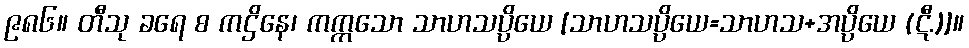
၉၈၆။ တီသု ခရေ စ ကဌိနေ၊ ကက္ကသော သာဟသပ္ပိယေ [သာဟသပ္ပိယေ=သာဟသ+အပ္ပိယေ (ဋီ.)]။